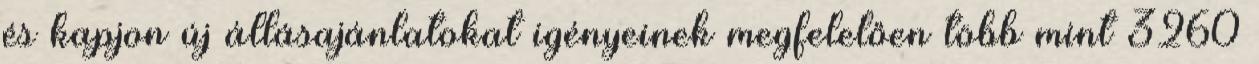
és kapjon új állásajánlatokat igényeinek megfelelően több mint 3260